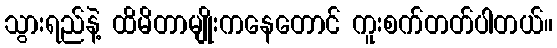
သွားရည်နဲ့ ထိမိတာမျိုးကနေတောင် ကူးစက်တတ်ပါတယ်။